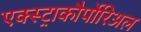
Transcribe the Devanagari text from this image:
एक्स्ट्राकौर्पोरिअल